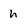
Character: h